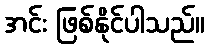
အင်း ဖြစ်နိုင်ပါသည်။